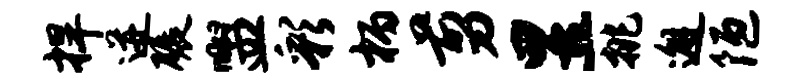
捍迸碾盥彩柄剪昱挑邂陋